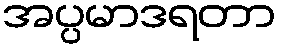
အပ္ပမာဒရတာ